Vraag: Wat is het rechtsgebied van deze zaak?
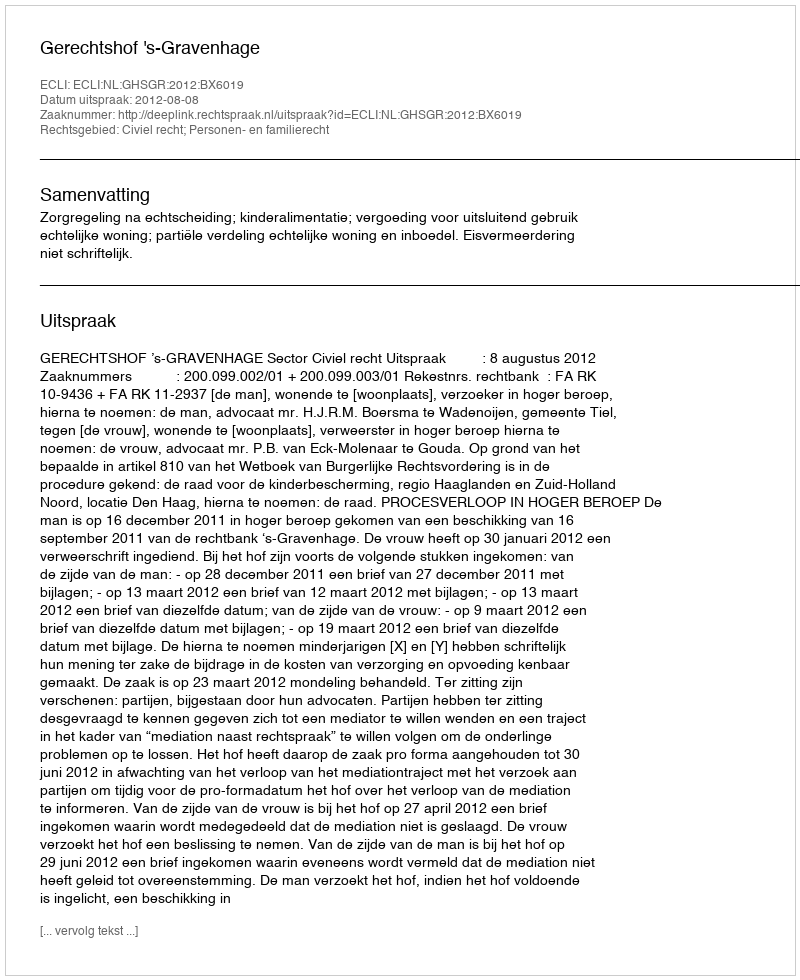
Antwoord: Civiel recht; Personen- en familierecht